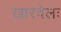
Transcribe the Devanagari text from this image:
खारवेलः